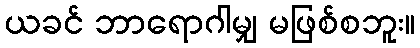
ယခင် ဘာရောဂါမျှ မဖြစ်စဘူး။